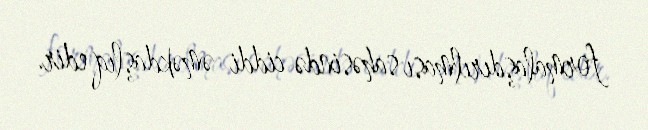
formalaşdırılması sahəsində ciddi əməkdaşlıq edir.